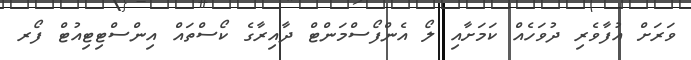
ވަރަށް އުފާވެރި ދުވަހެއް ކަމަށާއި ލޯ އެންފޯސްމަންޓް ދާއިރާގެ ކޯސްތައް އިންސްޓިޓިއުޓް ފޯރ